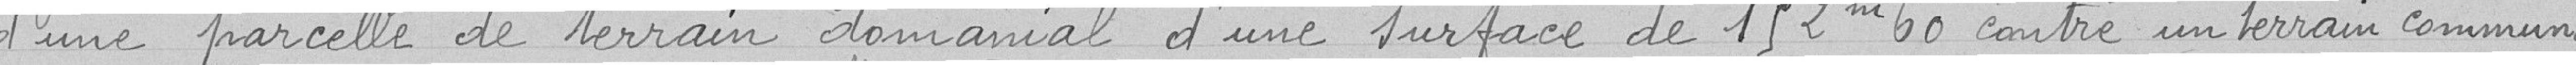
d'une parcelle de terrain domanial d'une surface de 152,60 mètres carrés contre un terrain communal